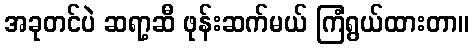
အခုတင်ပဲ ဆရာ့ဆီ ဖုန်းဆက်မယ် ကြံရွယ်ထားတာ။